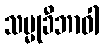
သမ္မုခီဘာဝါ